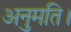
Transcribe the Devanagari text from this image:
अनुमति।